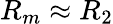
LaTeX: R_{m}\approx R_{2}